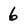
Character: 6